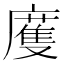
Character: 𢋒